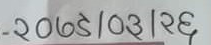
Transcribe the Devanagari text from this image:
-२०७८|०३|२६